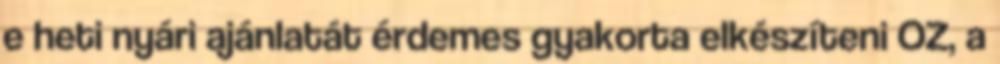
e heti nyári ajánlatát érdemes gyakorta elkészíteni OZ, a